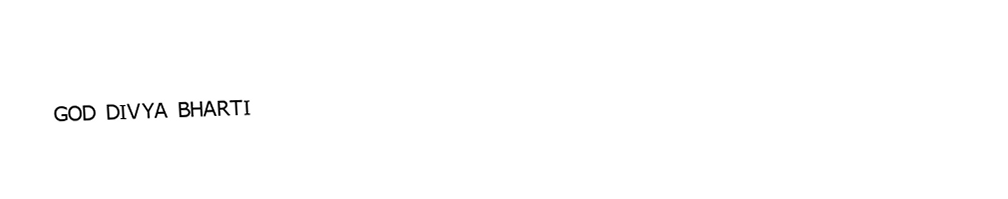
GOD DIVYA BHARTI